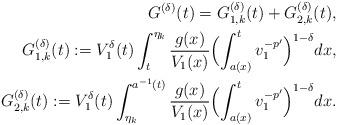
LaTeX: \begin{align*}G^{(\delta)}(t)=G_{1,k}^{(\delta)}(t)+G_{2,k}^{(\delta)}(t),\\ G_{1,k}^{(\delta)}(t):={V^{\delta}_1(t)}\int_t^{\eta_k}\frac{g(x)}{V_1(x)}\Bigl(\int_{a(x)}^tv_1^{-p'}\Bigr)^{1-\delta} dx,\\G_{2,k}^{(\delta)}(t):={V^{\delta}_1(t)}\int_{\eta_k}^{a^{-1}(t)}\frac{g(x)}{V_1(x)}\Bigl(\int_{a(x)}^tv_1^{-p'}\Bigr)^{1-\delta} dx.\end{align*}